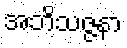
အဘိသဇ္ဇနာ